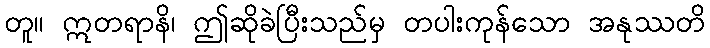
တူ။ ဣတရာနိ၊ ဤဆိုခဲပြီးသည်မှ တပါးကုန်သော အနုဿတိ